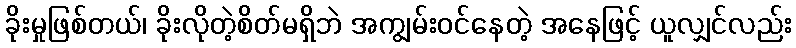
ခိုးမှုဖြစ်တယ်၊ ခိုးလိုတဲ့စိတ်မရှိဘဲ အကျွမ်းဝင်နေတဲ့ အနေဖြင့် ယူလျှင်လည်း